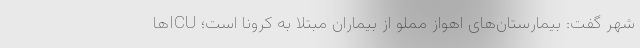
شهر گفت: بیمارستان‌های اهواز مملو از بیماران مبتلا به کرونا است؛ ICUها